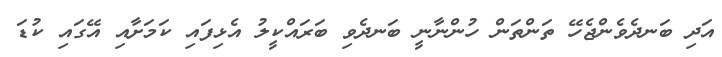
އަދި ބަނދެވެންޖެހޭ ތަންތަން ހުންނާނީ ބަނދެވި ބަރައްކީލު އެޅިފައި ކަމަށާއި އޭގައި ކުޑަ